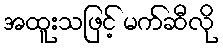
အထူးသဖြင့် မက်ဆီလို